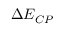
\Delta E _ { C P }